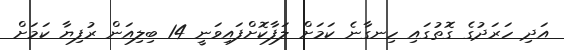
އަދި ހަރަދުގެ ގޮތުގައި ހިނގާނެ ކަމަށް ލަފާކޮށްފައިވަނީ 14 ބިލިއަން ރުފިޔާ ކަމަށް